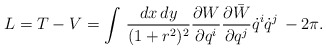
\begin{align*}L=T-V=\int\, \frac{dx\, dy}{(1+r^{2})^{2}}\frac{\partial W}{\partial q^{i}}\frac{\partial \bar{W}}{\partial q^{j}}\dot{q}^{i}\dot{q}^{j}\, -2\pi.\end{align*}